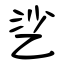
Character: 乷